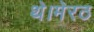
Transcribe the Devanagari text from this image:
थे।मेरठ